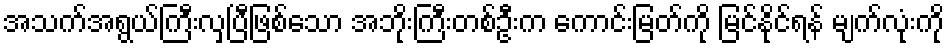
အသက်အရွယ်ကြီးလှပြီဖြစ်သော အဘိုးကြီးတစ်ဦးက ကောင်းမြတ်ကို မြင်နိုင်ရန် မျက်လုံးကို